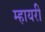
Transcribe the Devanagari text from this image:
म्हायरी